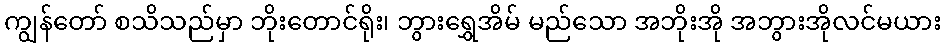
ကျွန်တော် စသိသည်မှာ ဘိုးတောင်ရိုး၊ ဘွားရွှေအိမ် မည်သော အဘိုးအို အဘွားအိုလင်မယား